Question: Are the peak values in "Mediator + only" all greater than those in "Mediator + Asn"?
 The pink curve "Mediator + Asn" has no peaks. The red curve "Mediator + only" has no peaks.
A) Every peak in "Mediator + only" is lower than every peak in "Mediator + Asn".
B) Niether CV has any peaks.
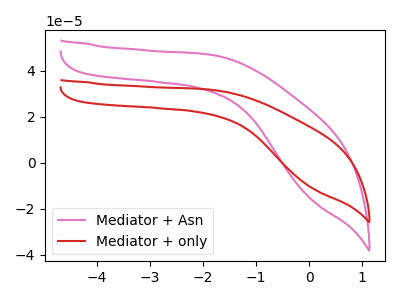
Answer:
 <answer>B) Niether CV has any peaks.</answer>
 <eval>B</eval>